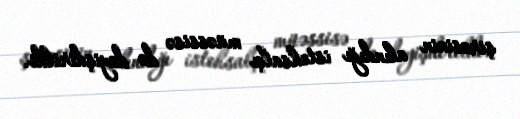
şirəsinin alındığı istehsalçı müəssisə də dəyişdirildi.